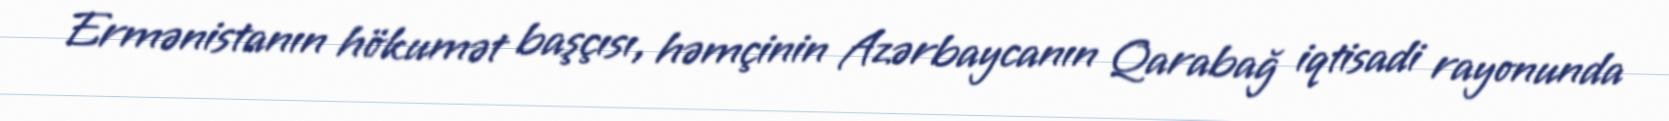
Ermənistanın hökumət başçısı, həmçinin Azərbaycanın Qarabağ iqtisadi rayonunda